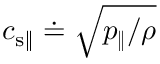
c _ { \mathrm { s \| } } \doteq \sqrt { p _ { \| } / \rho }